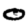
Digit: 0